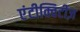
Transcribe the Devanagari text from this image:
एंटीक्विटीज़